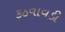
કઠવાવડી